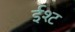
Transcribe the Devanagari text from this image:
ईश्ट